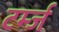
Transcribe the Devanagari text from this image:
टर्म्ज